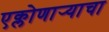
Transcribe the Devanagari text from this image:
एक्लोणार्‍याचा